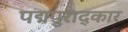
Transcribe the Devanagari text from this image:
पद्मपुराद्कार